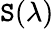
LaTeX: \mathtt{S}(\lambda)